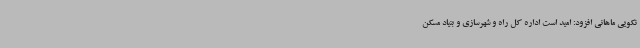
نکویی ماهانی افزود: امید است اداره کل راه و شهرسازی و بنیاد مسکن